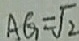
A G = \sqrt { 2 }